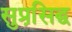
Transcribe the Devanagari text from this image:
सुप्रसि़द्घ